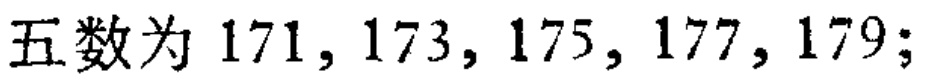
五数为 \(171, 173, 175, 177, 179;\)